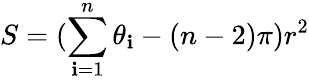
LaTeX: S=(\sum\limits_{\mathbf{i}=1}^{n}\theta_{\mathbf{i}}-(n-2)\pi)r^{2}